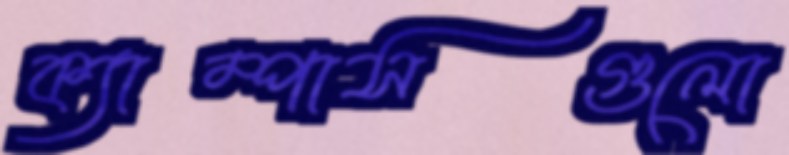
ক্যাম্পাসগুলো